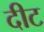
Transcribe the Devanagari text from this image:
दीट